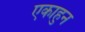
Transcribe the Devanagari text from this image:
एकाहुन